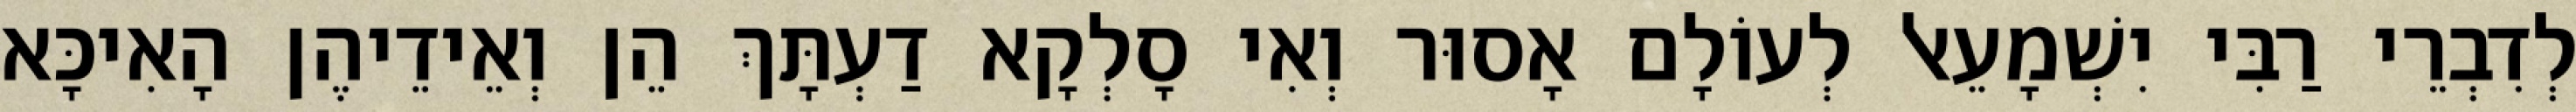
לְדִבְרֵי רַבִּי יִשְׁמָעֵאל לְעוֹלָם אָסוּר וְאִי סָלְקָא דַעְתָּךְ הֵן וְאֵידֵיהֶן הָאִיכָּא